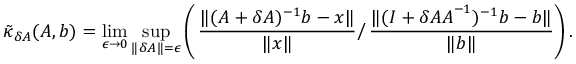
\tilde { \kappa } _ { \delta \boldsymbol { A } } ( \boldsymbol { A } , \boldsymbol { b } ) = \operatorname* { l i m } _ { \epsilon \rightarrow 0 } \operatorname* { s u p } _ { \Vert \delta \boldsymbol { A } \Vert = \epsilon } \left( \left. \frac { \Vert ( \boldsymbol { A } + \delta \boldsymbol { A } ) ^ { - 1 } \boldsymbol { b } - \boldsymbol { x } \Vert } { \Vert \boldsymbol { x } \Vert } \right/ \frac { \Vert ( \boldsymbol { I } + \delta \boldsymbol { A } \boldsymbol { A } ^ { - 1 } ) ^ { - 1 } \boldsymbol { b } - \boldsymbol { b } \Vert } { \Vert \boldsymbol { b } \Vert } \right) .